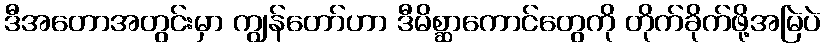
ဒီအတောအတွင်းမှာ ကျွန်တော်ဟာ ဒီမိစ္ဆာကောင်တွေကို တိုက်ခိုက်ဖို့အမြဲပဲ